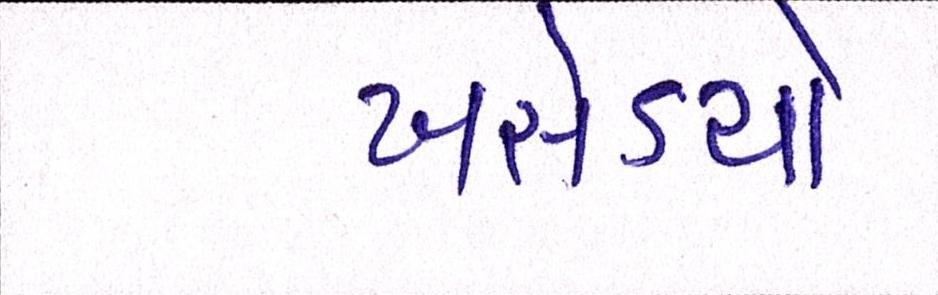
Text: ખસેડયો